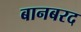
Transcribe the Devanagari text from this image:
बानबरद